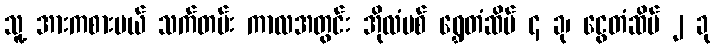
သူ့ အားကစားမယ် သက်တမ်း ကာလအတွင်း အိုလံပစ် ရွှေတံဆိပ် ၄ ခု၊ ငွေတံဆိပ် ၂ ခု